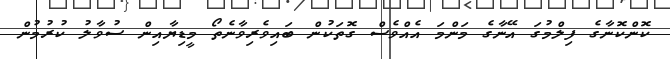
ކޮންކޮނާގެ ފިލްމުގަ އޭނާގެ މަންމަ އެއްވެސް ގޮތަކުން ބައިވެރިވާނެތޯ މީޑިޔާއިން ސުވާލު ކުރުމުން